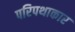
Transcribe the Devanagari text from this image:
परिपथाकार